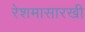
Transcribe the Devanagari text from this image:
रेशमासारखी